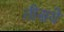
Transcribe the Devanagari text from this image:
तीसये